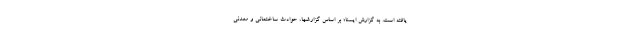
یافته است. به گزارش ایسنا؛ بر اساس گزارشها، حوادث ساختمانی و معدنی